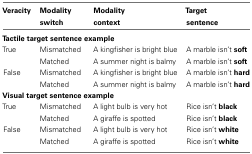
<table><thead><tr><td><b>Veracity</b></td><td><b>Modality switch</b></td><td><b>Modality context</b></td><td><b>Target sentence</b></td></tr></thead><tbody><tr><td colspan="4"><b>Tactile target sentence example</b></td></tr><tr><td>True</td><td>Mismatched</td><td>A kingfisher is bright blue</td><td>A marble isn’t <b>soft</b></td></tr><tr><td></td><td>Matched</td><td>A summer night is balmy</td><td>A marble isn’t <b>soft</b></td></tr><tr><td>False</td><td>Mismatched</td><td>A kingfisher is bright blue</td><td>A marble isn’t <b>hard</b></td></tr><tr><td></td><td>Matched</td><td>A summer night is balmy</td><td>A marble isn’t <b>hard</b></td></tr><tr><td colspan="4"><b>Visual target sentence example</b></td></tr><tr><td>True</td><td>Mismatched</td><td>A light bulb is very hot</td><td>Rice isn’t <b>black</b></td></tr><tr><td></td><td>Matched</td><td>A giraffe is spotted</td><td>Rice isn’t <b>black</b></td></tr><tr><td>False</td><td>Mismatched</td><td>A light bulb is very hot</td><td>Rice isn’t <b>white</b></td></tr><tr><td></td><td>Matched</td><td>A giraffe is spotted</td><td>Rice isn’t <b>white</b></td></tr></tbody></table>